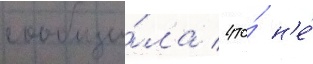
сообщи́ла / что́ н'е́